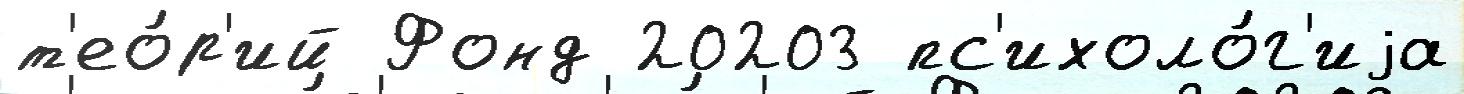
т'ео́р'ий Фонд 20203 пс'ихоло́г'иjа